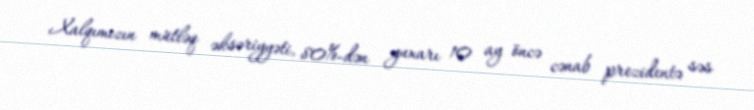
Xalqımızın mütləq əksəriyyəti, 80%-dən yuxarı 10 ay öncə cənab prezidentə səs